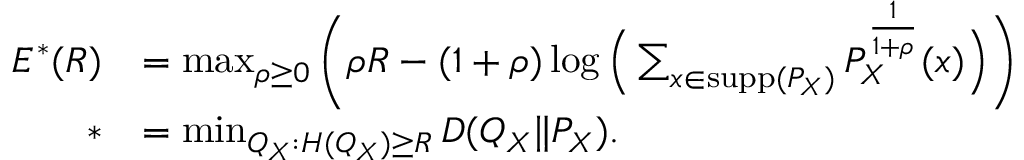
\begin{array} { r l } { E ^ { * } ( R ) } & { = \operatorname* { m a x } _ { \rho \geq 0 } \bigg ( \rho R - ( 1 + \rho ) \log \Big ( \sum _ { x \in \mathrm { s u p p } ( P _ { X } ) } P _ { X } ^ { \frac { 1 } { 1 + \rho } } ( x ) \Big ) \bigg ) } \\ { * } & { = \operatorname* { m i n } _ { Q _ { X } : H ( Q _ { X } ) \geq R } D ( Q _ { X } \| P _ { X } ) . } \end{array}